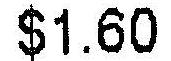
$1.60